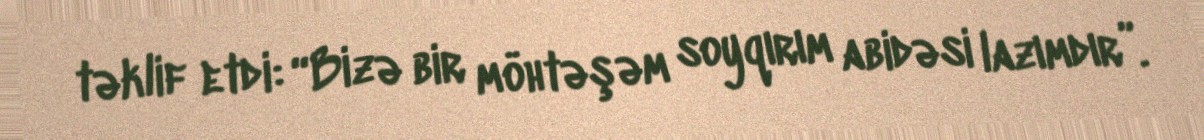
təklif etdi: “Bizə bir möhtəşəm soyqırım abidəsi lazımdır”.